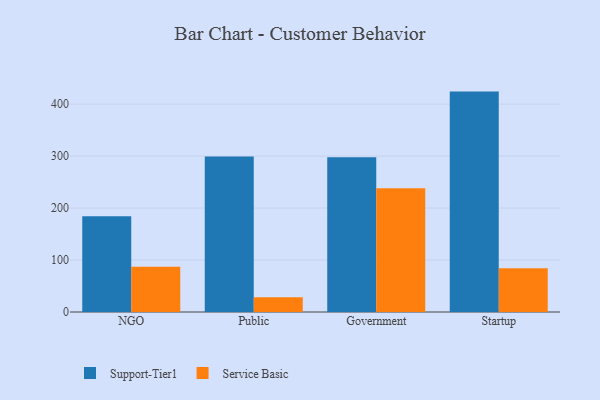
{"axis": {"x": "Segment", "y": "Website Visitors"}, "legend": ["Service Basic", "Support-Tier1"], "data": [{"x": "NGO", "y": 184.4, "type": "Support-Tier1"}, {"x": "NGO", "y": 87.3, "type": "Service Basic"}, {"x": "Public", "y": 299.4, "type": "Support-Tier1"}, {"x": "Public", "y": 28.5, "type": "Service Basic"}, {"x": "Government", "y": 297.8, "type": "Support-Tier1"}, {"x": "Government", "y": 237.9, "type": "Service Basic"}, {"x": "Startup", "y": 424.1, "type": "Support-Tier1"}, {"x": "Startup", "y": 84.3, "type": "Service Basic"}]}